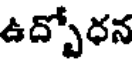
ఉద్బోధన